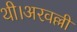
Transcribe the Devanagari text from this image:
थी।अरवल्ली